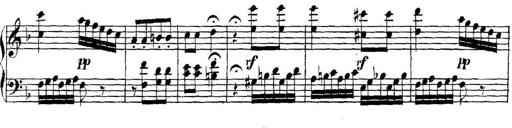
Title: Collected Piano Sonatas
Composer: Muzio Clementi